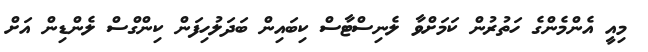
މިއީ އެންމެންގެ ހަތުރުން ކަމަށްވާ ލެނިސްޓާސް ކިބައިން ބަދަލުހިފަން ކިންގްސް ލެންޑިން އަށް